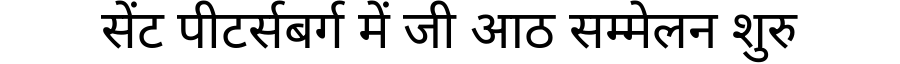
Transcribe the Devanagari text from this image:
सेंट पीटर्सबर्ग में जी आठ सम्मेलन शुरु